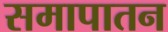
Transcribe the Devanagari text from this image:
समापातन